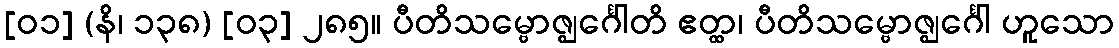
[၀၁] (နိ၊ ၁၃၈) [၀၃] ၂၈၅။ ပီတိသမ္ဗောဇ္ဈင်္ဂေါတိ ဧတ္ထ၊ ပီတိသမ္ဗောဇ္ဈင်္ဂေါ ဟူသော